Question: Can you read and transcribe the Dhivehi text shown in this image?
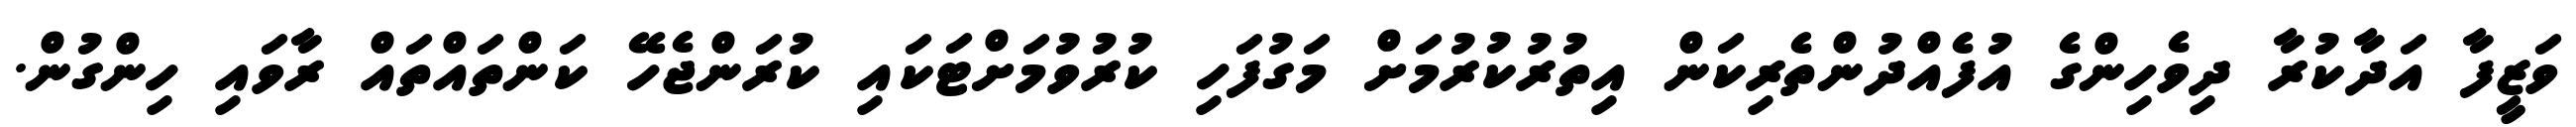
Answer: ވަޒީފާ އަދާކުރާ ދިވެހިންގެ އުފެއްދުންތެރިކަން އިތުރުކުރުމަށް މަގުފަހި ކުރުވުމަށްޓަކައި ކުރަންޖެހޭ ކަންތައްތައް ރާވައި ހިންގުން.